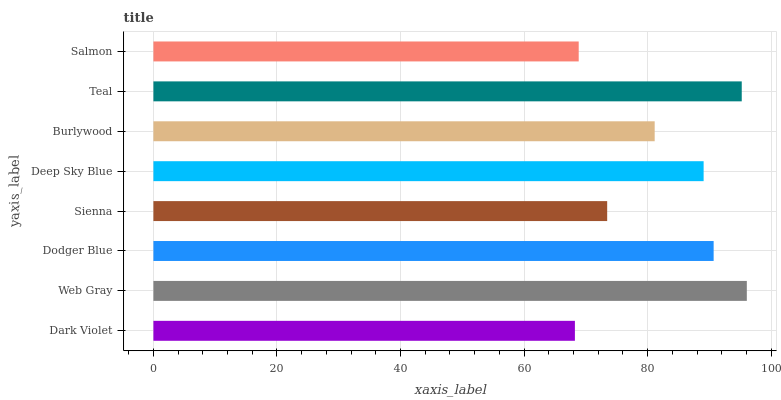
| yaxis_label | bars |
 | --- | --- |
 | Dark Violet | 68.2 |
 | Web Gray | 96.1 |
 | Dodger Blue | 90.7 |
 | Sienna | 73.5 |
 | Deep Sky Blue | 89.1 |
 | Burlywood | 81.1 |
 | Teal | 95.2 |
 | Salmon | 68.8 |